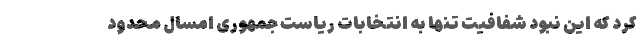
کرد که این نبود شفافیت تنها به انتخابات ریاست جمهوری امسال محدود